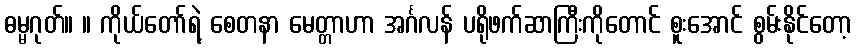
ဓမ္မဂုတ်။ ။ ကိုယ်တော်ရဲ့ စေတနာ မေတ္တာဟာ အင်္ဂလန် ပရိုဖက်ဆာကြီးကိုတောင် စူးအောင် စွမ်းနိုင်တော့